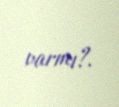
varmı?.